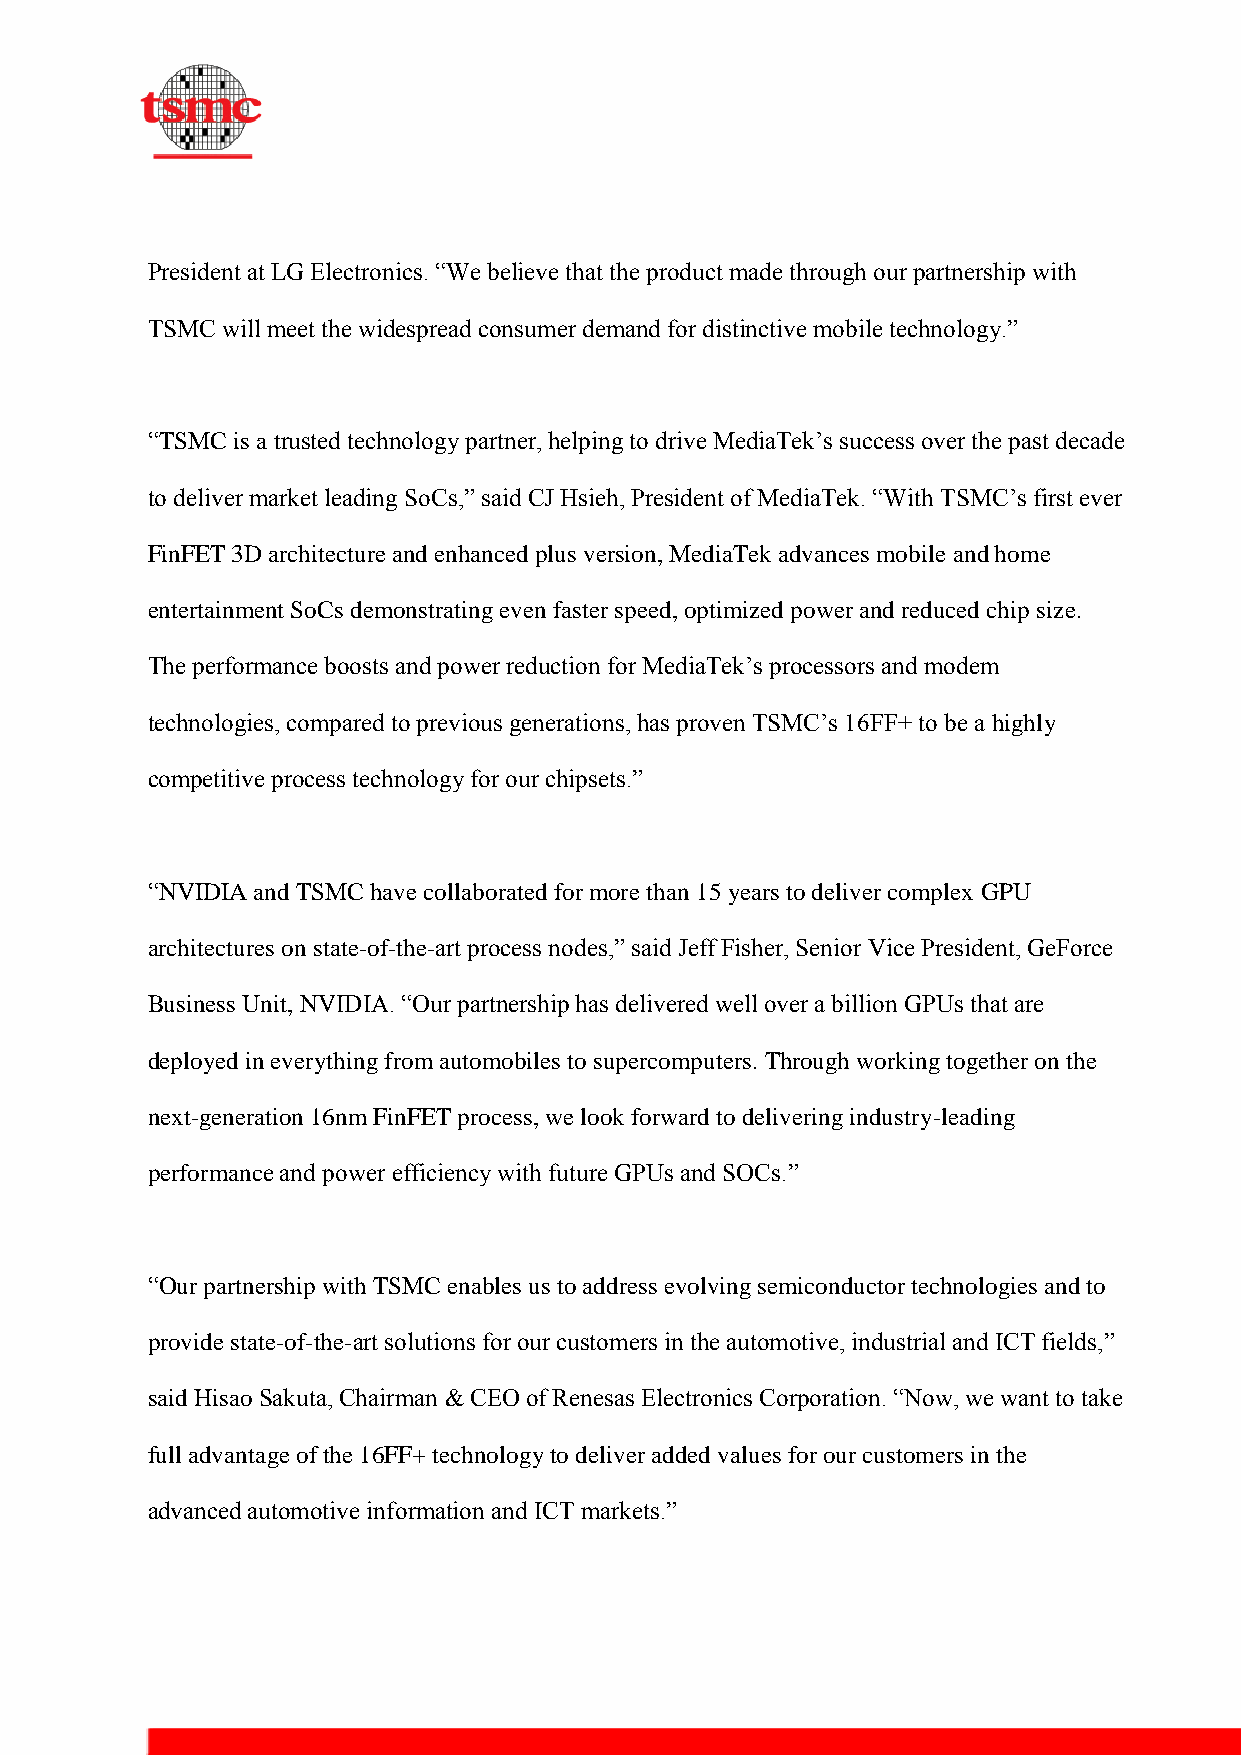
President at LG Electronics. “We believe that the product made through our partnership with
 TSMC will meet the widespread consumer demand for distinctive mobile technology.”
 “TSMC is a trusted technology partner, helping to drive MediaTek’s success over the past decade
 to deliver market leading SoCs,” said CJ Hsieh, President of MediaTek. “With TSMC’s first ever
 FinFET 3D architecture and enhanced plus version, MediaTek advances mobile and home
 entertainment SoCs demonstrating even faster speed, optimized power and reduced chip size.
 The performance boosts and power reduction for MediaTek’s processors and modem
 technologies, compared to previous generations, has proven TSMC’s 16FF+ to be a highly
 competitive process technology for our chipsets.”
 “NVIDIA and TSMC have collaborated for more than 15 years to deliver complex GPU
 architectures on state-of-the-art process nodes,” said Jeff Fisher, Senior Vice President, GeForce
 Business Unit, NVIDIA. “Our partnership has delivered well over a billion GPUs that are
 deployed in everything from automobiles to supercomputers. Through working together on the
 next-generation 16nm FinFET process, we look forward to delivering industry-leading
 performance and power efficiency with future GPUs and SOCs.”
 “Our partnership with TSMC enables us to address evolving semiconductor technologies and to
 provide state-of-the-art solutions for our customers in the automotive, industrial and ICT fields,”
 said Hisao Sakuta, Chairman & CEO of Renesas Electronics Corporation. “Now, we want to take
 full advantage of the 16FF+ technology to deliver added values for our customers in the
 advanced automotive information and ICT markets.”